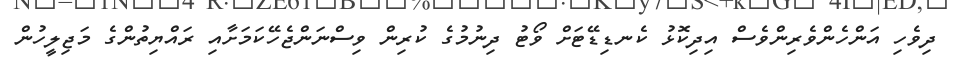
ދިވެހި އަންހެންވެރިންވެސް އިދިކޮޅު ކެނޑިޑޭޓަށް ވޯޓު ދިނުމުގެ ކުރިން ވިސްނަންޖެހޭކަމަށާއި ރައްޔިތުންގެ މަޖިލީހުން